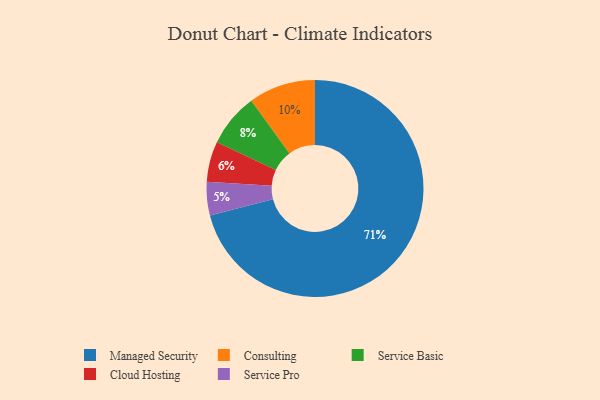
{"axis": {"x": "Category", "y": "Percentage"}, "legend": ["Cloud Hosting", "Consulting", "Managed Security", "Service Basic", "Service Pro"], "data": [{"x": "Managed Security", "y": 71, "type": "Managed Security"}, {"x": "Cloud Hosting", "y": 6, "type": "Cloud Hosting"}, {"x": "Service Pro", "y": 5, "type": "Service Pro"}, {"x": "Consulting", "y": 10, "type": "Consulting"}, {"x": "Service Basic", "y": 8, "type": "Service Basic"}]}